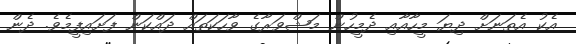
އެކު އެތަނަށް ދިޔަ މީހާއާއި ދެމީހުން މަޝްވަރާގެ ވާހަކަތައް ދައްކަން ފަށައިފީމެވެ. ދެން